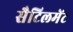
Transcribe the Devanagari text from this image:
सैटिलमेंट